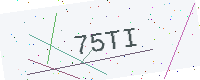
Text: 75TI